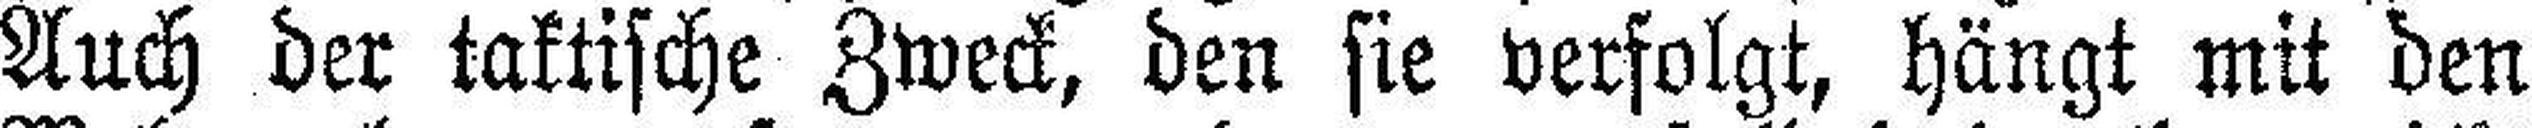
Auch der taktische Zweck, den sie verfolgt, hängt mit den